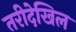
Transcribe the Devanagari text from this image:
तरीदेखिल